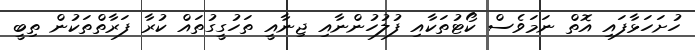
ހުށަހަޅާފައި އޮތް ނަމަވެސް ކޯޓުތަކާއި ފުލުހުންނާއި ޖިނާއީ ތަހުގީގުތައް ކުރާ ފަރާތްތަކުން ތިބީ